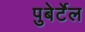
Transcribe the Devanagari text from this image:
पुबेर्टेल